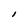
Character: I